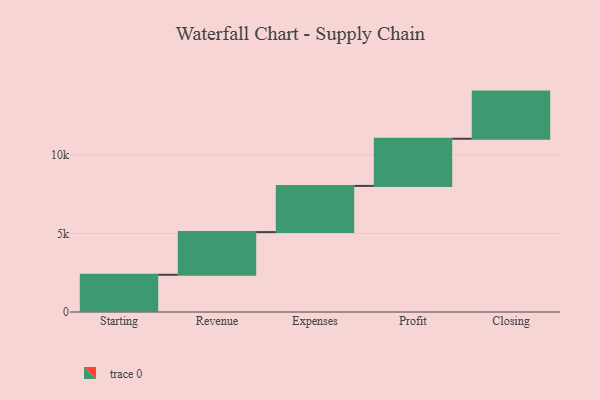
{"axis": {"x": "Step", "y": "Value"}, "legend": [""], "data": [{"x": "Starting", "y": 2368.0, "type": ""}, {"x": "Revenue", "y": 2716.0, "type": ""}, {"x": "Expenses", "y": 2938.0, "type": ""}, {"x": "Profit", "y": 3000, "type": ""}, {"x": "Closing", "y": 3000, "type": ""}]}